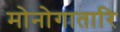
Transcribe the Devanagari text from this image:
मोनोगातारि